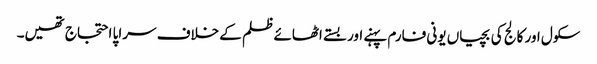
سکول اور کالج کی بچیاں یونی فارم پہنے اور بستے اٹھائے ظلم کے خلاف سراپا احتجاج تھیں۔